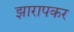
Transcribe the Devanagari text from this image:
झारापकर